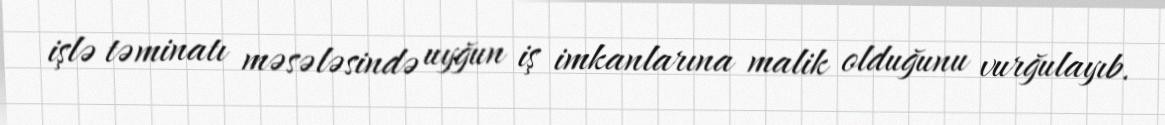
işlə təminatı məsələsində uyğun iş imkanlarına malik olduğunu vurğulayıb.